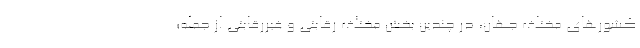
کشورهای مختلف جهان، در چندین بخش مختلف رقابتی و غیررقابتی از جمله؛